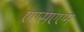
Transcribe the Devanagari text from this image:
एएसएएम